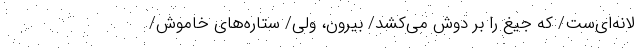
لانه‌ای‌ست/ که جیغ را بر دوش می‌کشد/ بیرون، ولی/ ستاره‌های خاموش/